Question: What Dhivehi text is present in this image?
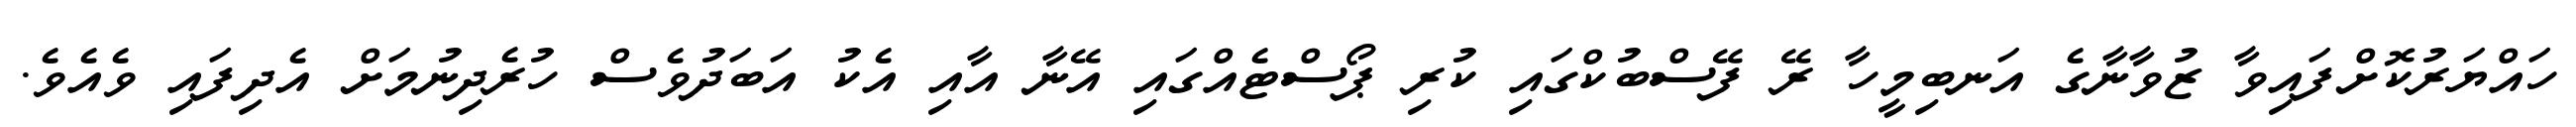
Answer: ހައްޔަރުކޮށްފައިވާ ޒުވާނާގެ އަނބިމީހާ ރޭ ފޭސްބުކްގައި ކުރި ޕޯސްޓެއްގައި އޭނާ އާއި އެކު އަބަދުވެސް ހުރެދިނުމަށް އެދިފައި ވެއެވެ.